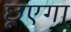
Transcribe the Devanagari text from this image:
छूएगा